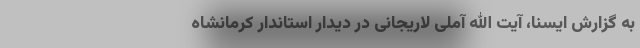
به گزارش ایسنا، آیت الله آملی لاریجانی در دیدار استاندار کرمانشاه